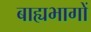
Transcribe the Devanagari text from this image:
बाह्यभागों